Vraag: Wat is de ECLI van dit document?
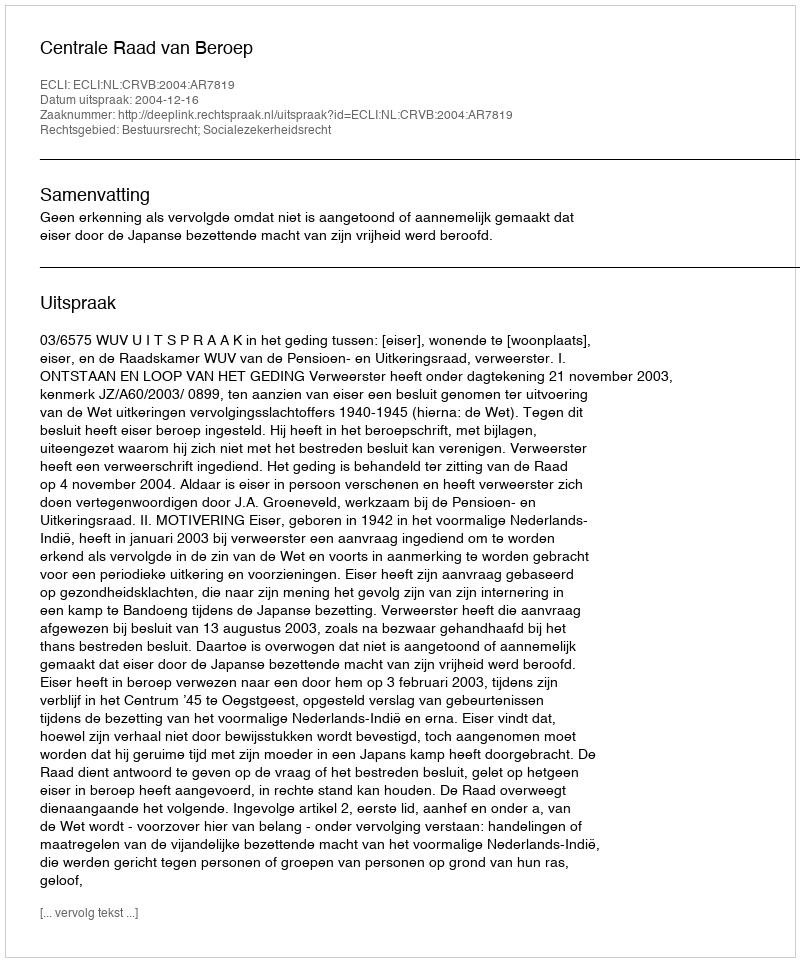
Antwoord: ECLI:NL:CRVB:2004:AR7819